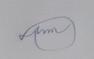
Signature authenticity: forged